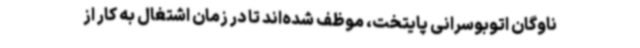
ناوگان اتوبوسرانی پایتخت، موظف شده‌اند تا در زمان اشتغال به کار از